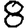
Digit: 8